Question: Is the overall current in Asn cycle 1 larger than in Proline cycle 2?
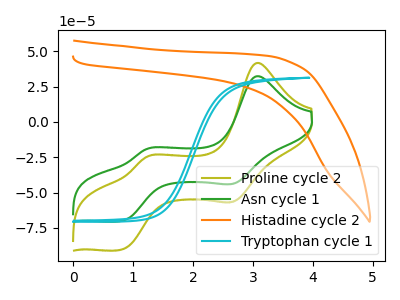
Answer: <think>The olive curve "Proline cycle 2" has anodic peaks at (3.10V, 41.75uA) (1.25V, -24.85uA) and cathodic peaks at (2.70V, -56.05uA) (0.80V, -90.30uA). The green curve "Asn cycle 1" has anodic peaks at (3.10V, 32.40uA) (1.25V, -19.25uA) and cathodic peaks at (2.70V, -43.45uA) (0.80V, -70.00uA). The orange curve "Histadine cycle 2" has no peaks. The cyan curve "Tryptophan cycle 1" has no peaks.
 All the peaks in "Asn cycle 1" have a peak in "Proline cycle 2" at the same potential.</think>
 <answer>I cant tell if "Asn cycle 1" or "Proline cycle 2" has more signal.</answer>
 <eval>mixed_signal</eval>